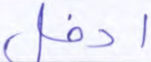
ادخل